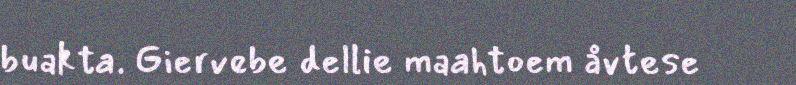
buakta. Giervebe dellie maahtoem åvtese